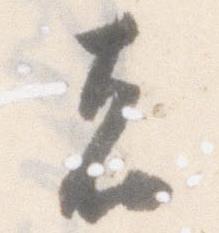
者